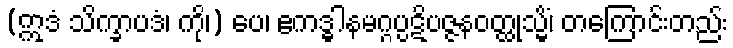
(ဣဒံ သိက္ခာပဒံ၊ ကို၊) ပေ၊ ဧကဒ္ဓါနမဂ္ဂပ္ပဋိပဇ္ဇနဝတ္ထုသ္မိံ၊ တကြောင်းတည်း